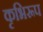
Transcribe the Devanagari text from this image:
कृभिरूप